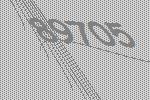
89705